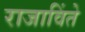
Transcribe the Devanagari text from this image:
राजाविंते